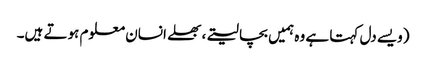
(ویسے دل کہتا ہے وہ ہمیں بچا لیتے، بھلے انسان معلوم ہوتے ہیں۔